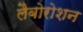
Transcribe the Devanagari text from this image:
लैबोरोशन